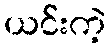
ယင်းကဲ့